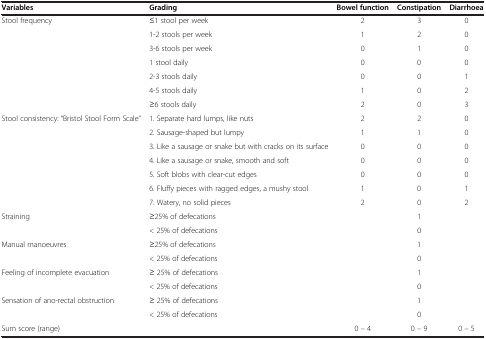
| Variables | Grading | Bowel function | Constipation | Diarrhoea |
 | --- | --- | --- | --- | --- |
 | <ROWSPAN=7> Stool frequency | ≤1 stool per week | 2 | 3 | 0 |
 | 1-2 stools per week | 1 | 2 | 0 |
 | 3-6 stools per week | 0 | 1 | 0 |
 | 1 stool daily | 0 | 0 | 0 |
 | 2-3 stools daily | 0 | 0 | 1 |
 | 4-5 stools daily | 1 | 0 | 2 |
 | ≥6 stools daily | 2 | 0 | 3 |
 | <ROWSPAN=7> Stool consistency: “Bristol Stool Form Scale” | 1. Separate hard lumps, like nuts | 2 | 2 | 0 |
 | 2. Sausage-shaped but lumpy | 1 | 1 | 0 |
 | 3. Like a sausage or snake but with cracks on its surface | 0 | 0 | 0 |
 | 4. Like a sausage or snake, smooth and soft | 0 | 0 | 0 |
 | 5. Soft blobs with clear-cut edges | 0 | 0 | 0 |
 | 6. Fluffy pieces with ragged edges, a mushy stool | 1 | 0 | 1 |
 | 7. Watery, no solid pieces | 2 | 0 | 2 |
 | <ROWSPAN=2> Straining | ≥25% of defecations |  | 1 |  |
 | < 25% of defecations |  | 0 |  |
 | <ROWSPAN=2> Manual manoeuvres | ≥25% of defecations |  | 1 |  |
 | < 25% of defecations |  | 0 |  |
 | <ROWSPAN=2> Feeling of incomplete evacuation | ≥ 25% of defecations |  | 1 |  |
 | < 25% of defecations |  | 0 |  |
 | <ROWSPAN=2> Sensation of ano-rectal obstruction | ≥ 25% of defecations |  | 1 |  |
 | < 25% of defecations |  | 0 |  |
 | Sum score (range) |  | 0 – 4 | 0 – 9 | 0 – 5 |